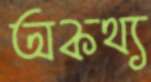
অকথ্য